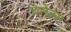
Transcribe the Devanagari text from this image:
चनेल्स